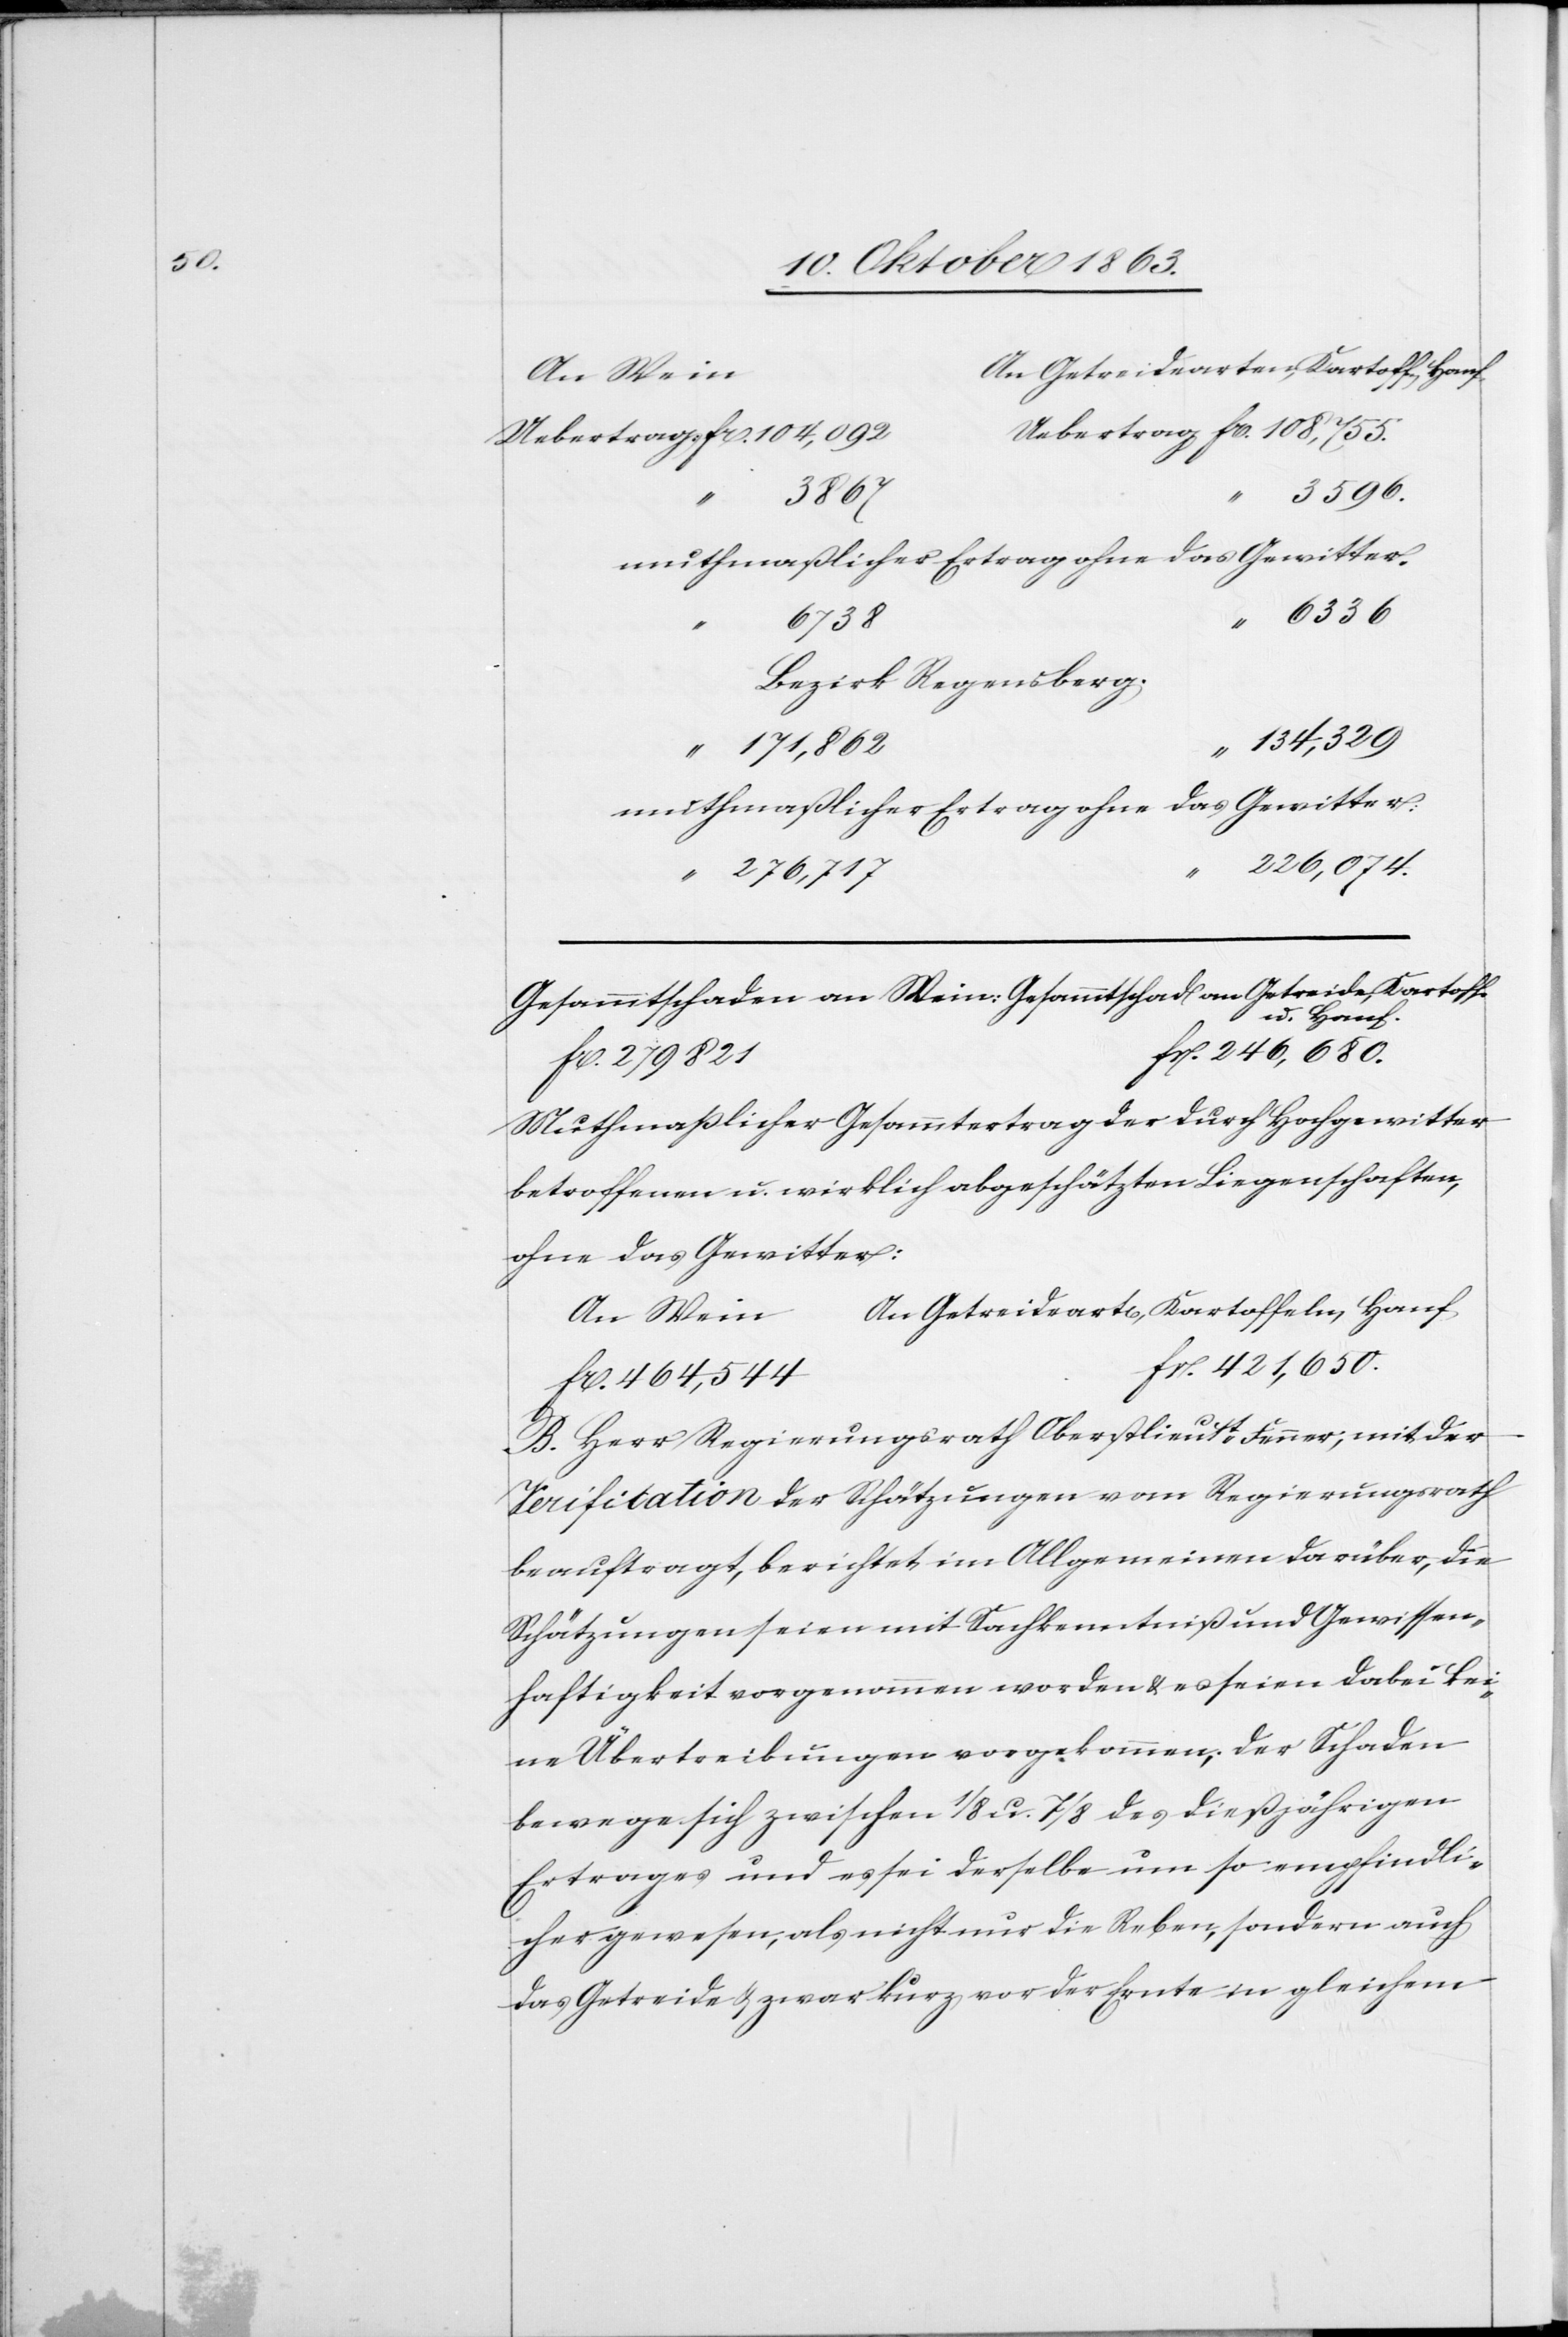
n Getreidearten, Kartoff., Hanf
An Wein	A¬
ebertrag fr. 108,755.
Uebertrag fr. 104,092	U¬
3596.
6336
Bezirk Regensberg.
134,329
muthmaßlicher Ertrag ohne das Gewitter:
226,074.
Gesammtschaden an Wein: 	Gesammtschad[en] an Getreide, Kartoff.
u. Hanf.
fr. 246,680.
fr. 279 821
Muthmaßlicher Gesammtertrag der durch Hochgewitter
betroffenen u. wirklich abgeschätzten Liegenschaften,
ohne das Gewitter:
n Getreideart[en], Kartoffeln, Hanf
fr. 421,650.
fr. 464,544
B. Herr Regierungsrath Oberstlieutt Fenner, mit der
Verification der Schätzungen vom Regierungsrath
beauftragt, berichtet im Allgemeinen darüber, die
Schätzungen seien mit Sachkenntniß und Gewissen¬
haftigkeit vorgenommen worden & es seien dabei kei¬
ne Übertreibungen vorgekommen; der Schaden
bewege sich zwischen 1/8 u. 7/8 des dießjährigen
Ertrages und es sei derselbe um so empfindli¬
cher gewesen, als nicht nur die Reben, sondern auch
das Getreide & zwar kurz vor der Ernte in gleichem